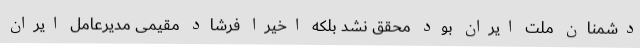
دشمنان ملت ایران بود محقق نشد بلکه اخیرا فرشاد مقیمی مدیرعامل ایران